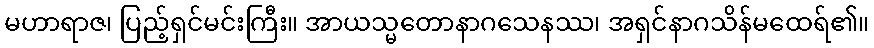
မဟာရာဇ၊ ပြည့်ရှင်မင်းကြီး။ အာယသ္မတောနာဂသေနဿ၊ အရှင်နာဂသိန်မထေရ်၏။